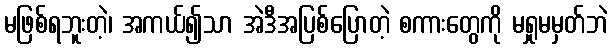
မဖြစ်ရဘူးတဲ့၊ အကယ်၍သာ အဲဒီအပြစ်ပြောတဲ့ စကားတွေကို မရှုမမှတ်ဘဲ